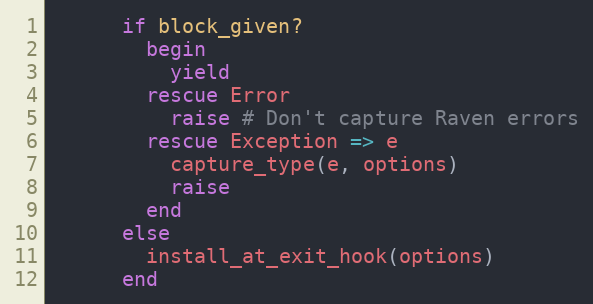
Language: Ruby
      if block_given?
        begin
          yield
        rescue Error
          raise # Don't capture Raven errors
        rescue Exception => e
          capture_type(e, options)
          raise
        end
      else
        install_at_exit_hook(options)
      end